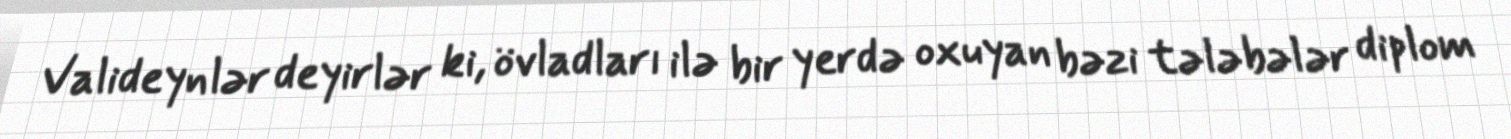
Valideynlər deyirlər ki, övladları ilə bir yerdə oxuyan bəzi tələbələr diplom